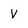
Character: V